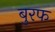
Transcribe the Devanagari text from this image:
बुरफ